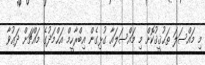
މި މައްސަލަ ތަޙުޤީޤުކޮށް މި މައްސަލައާ ގުޅިގެން އިބްރާހީމް އަޙްމަދުގެ މައްޗަށް ދަޢުވާ